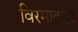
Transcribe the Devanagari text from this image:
विरमाब्राइट